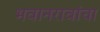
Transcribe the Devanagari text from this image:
भवानरावांचा